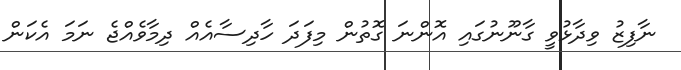
ނާފިޒު ވިދާޅުވީ ގާނޫނުގައި އޮންނަ ގޮތުން މިފަދަ ހާދިސާއެއް ދިމާވެއްޖެ ނަމަ އެކަން